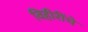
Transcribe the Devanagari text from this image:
विहीरींचे